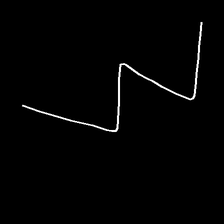
Glyph: crush